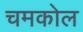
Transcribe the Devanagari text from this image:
चमकोल